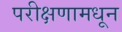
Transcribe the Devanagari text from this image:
परीक्षणामधून